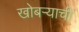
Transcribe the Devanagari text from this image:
खोबऱ्याची